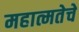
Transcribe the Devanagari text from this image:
महात्मतेचे